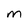
Character: M